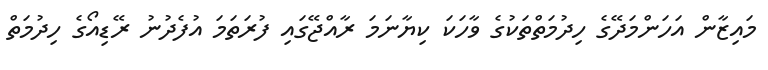
މައިޒާން އަހަންމަދޭގެ ހިދުމަތްތަކުގެ ވާހަކަ ކިޔާނަމަ ރާއްޖޭގައި ފުރަތަމަ އުފެދުނު ރޭޑިއޯގެ ހިދުމަތް